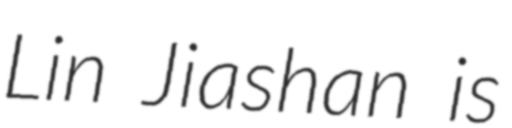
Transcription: Lin Jiashan is